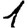
Digit: 1